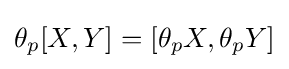
\theta _{p}[X,Y]=\left[\theta _{p}X,\theta _{p}Y\right]